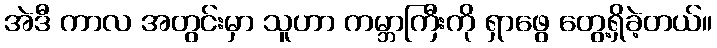
အဲဒီ ကာလ အတွင်းမှာ သူဟာ ကမ္ဘာကြီးကို ရှာဖွေ တွေ့ရှိခဲ့တယ်။